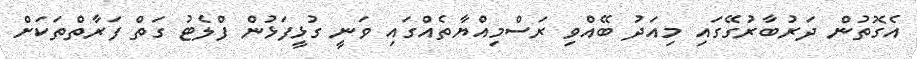
އެގޮތުން ދަރުބާރުގޭގައި މިއަދު ބޭއްވި ރަސްމިއްޔާތެއްގައި ވަނީ ގުޅީފަޅުން ފްލެޓު ގަތް ފަރާތްތަކަށް